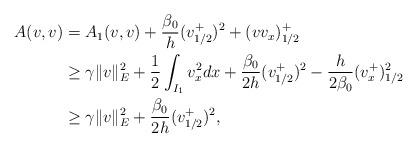
LaTeX: \begin{align*} A(v, v) & = A_1(v, v) +\frac{\beta_0}{h}(v_{1/2}^+)^2 + (vv_x)^+_{1/2} \\ & \geq \gamma \|v\|_E^2 + \frac{1}{2}\int_{I_1}v_x^2dx + \frac{\beta_0}{2h}(v_{1/2}^+)^2 -\frac{h}{2\beta_0}(v_{x}^+)^2_{1/2} \\ & \geq \gamma \|v\|_E^2 +\frac{\beta_0}{2h}(v_{1/2}^+)^2,\end{align*}